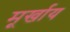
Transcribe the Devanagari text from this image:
मूर्खाय